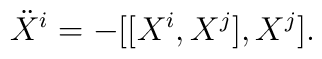
\ddot{X}^i = -[[X^i, X^j], X^j].